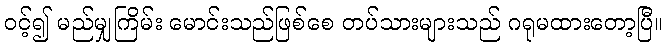
ဝင့်၍ မည်မျှကြိမ်း မောင်းသည်ဖြစ်စေ တပ်သားများသည် ဂရုမထားတော့ပြီ။